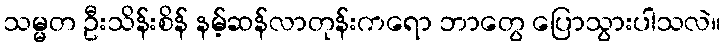
သမ္မတ ဦးသိန်းစိန် နမ့်ဆန်လာတုန်းကရော ဘာတွေ ပြောသွားပါသလဲ။